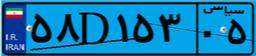
۳۵D۹۷۸۵۹